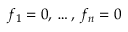
f _ { 1 } = 0 , \, \ldots , \, f _ { n } = 0